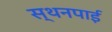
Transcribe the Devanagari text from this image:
स्थनपाई